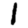
Digit: 1